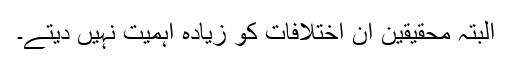
البتہ محقیقین ان اختلافات کو زیادہ اہمیت نہیں دیتے۔